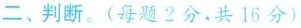
二、判断。(每题2分，共16分)